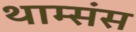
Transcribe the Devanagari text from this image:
थाम्संस